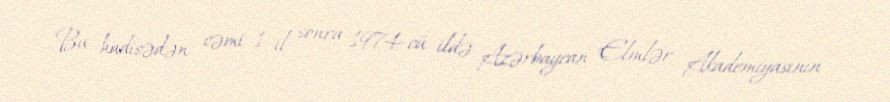
Bu hadisədən cəmi 1 il sonra 1974-cü ildə Azərbaycan Elmlər Akademiyasının